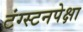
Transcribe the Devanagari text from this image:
टंग्स्टनपेक्षा